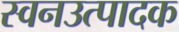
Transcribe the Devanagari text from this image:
स्वनउत्पादक